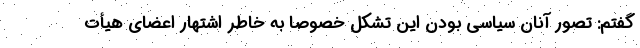
گفتم: تصور آنان سیاسی بودن این تشکل خصوصا به خاطر اشتهار اعضای هیأت